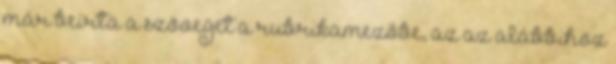
már beírta a szöveget a rubrikamezőbe, az az alábbihoz